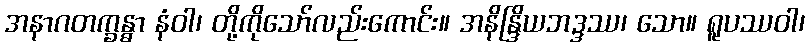
အနာဂတက္ခန္ဓာ နံဝါ၊ တို့ကိုသော်လည်းကောင်း။ အနိန္ဒြိယဘဒ္ဒဿ၊ သော။ ရူပဿဝါ၊